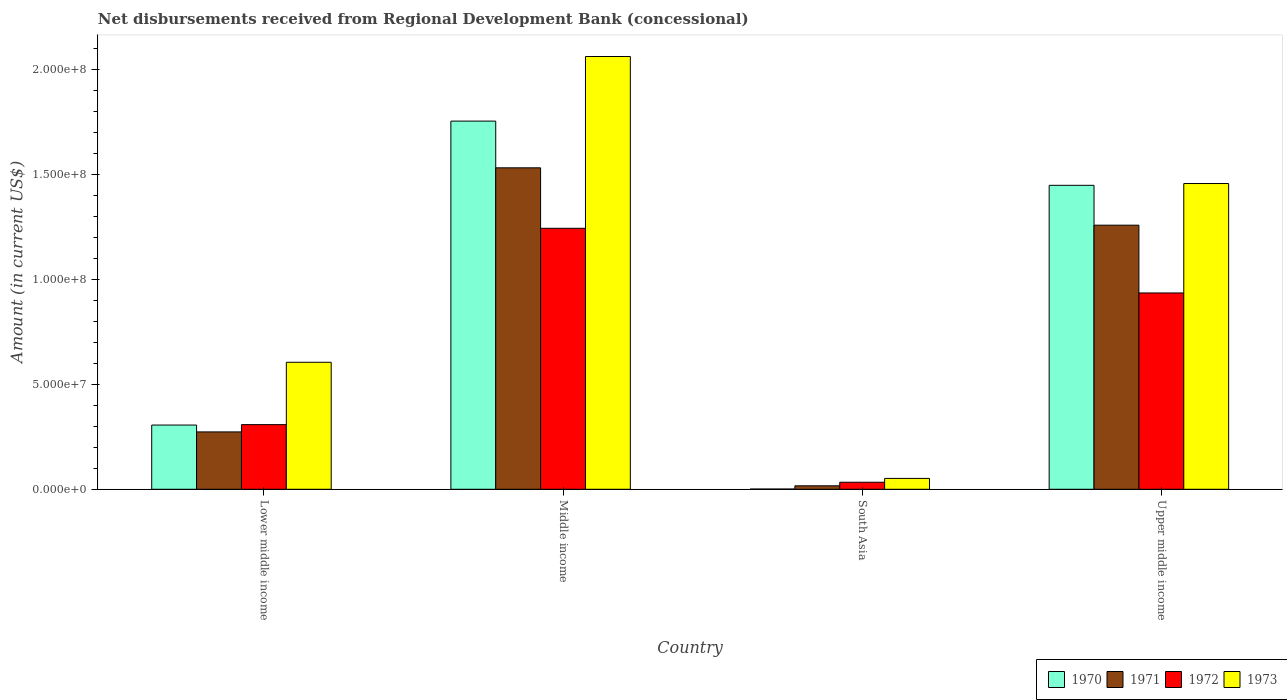
| Country | 1970 | 1971 | 1972 | 1973 |
 | --- | --- | --- | --- | --- |
 | Lower middle income | 3.06e+07 | 2.74e+07 | 3.08e+07 | 6.06e+07 |
 | Middle income | 1.76e+08 | 1.53e+08 | 1.24e+08 | 2.06e+08 |
 | South Asia | 1.09e+05 | 1.65e+06 | 3.35e+06 | 5.18e+06 |
 | Upper middle income | 1.45e+08 | 1.26e+08 | 9.36e+07 | 1.46e+08 |